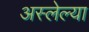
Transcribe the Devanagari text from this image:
अस्लेल्या